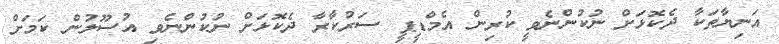
އަނިޔާތަކާ ދެކޮޅަށް ނުކުންނެވީ ކުރިން އެމްޑީޕީ ސަރުކާރާ ދެކޮޅަށް ނުކުންނެވި އުސޫލުން ކަމަށް